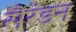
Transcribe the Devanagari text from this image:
सैरंडन